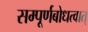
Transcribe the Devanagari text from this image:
सम्पूर्णबोधत्वात्